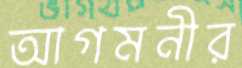
আগমনীর